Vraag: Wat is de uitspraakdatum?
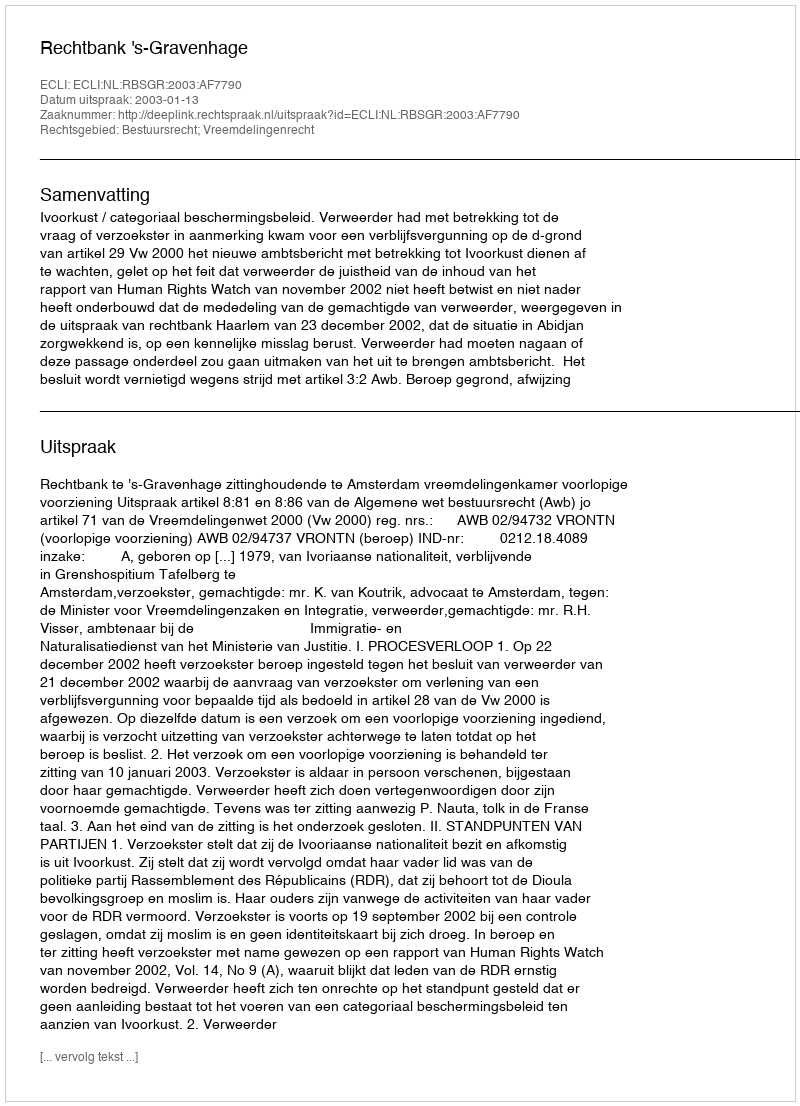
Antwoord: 2003-01-13